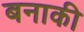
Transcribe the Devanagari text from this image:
बनाकी